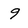
Character: 9